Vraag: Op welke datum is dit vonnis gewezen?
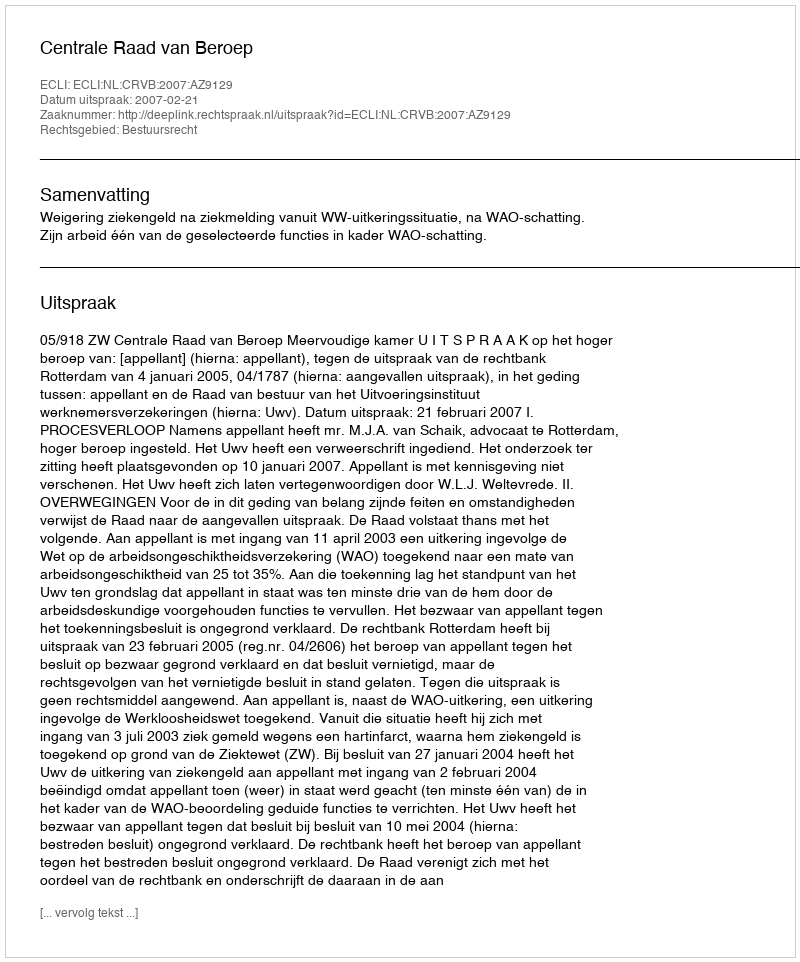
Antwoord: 2007-02-21